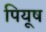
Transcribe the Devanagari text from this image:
पियूष